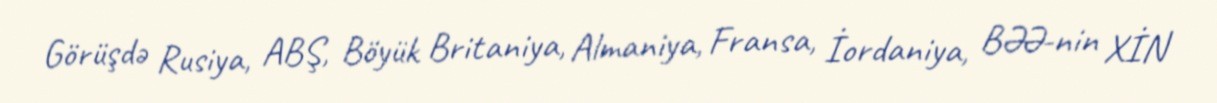
Görüşdə Rusiya, ABŞ, Böyük Britaniya, Almaniya, Fransa, İordaniya, BƏƏ-nin XİN